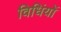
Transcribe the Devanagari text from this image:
विधिंयों